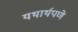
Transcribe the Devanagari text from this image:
यथार्थपणे